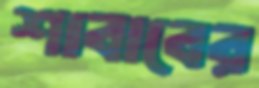
শাবাবের